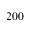
2 0 0